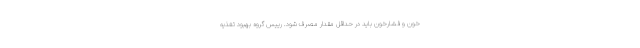
خون و فشارخون باید در حداقل مقدار مصرف شود. رییس گروه بهبود تغذیه